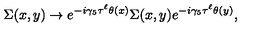
\Sigma ( x , y ) \rightarrow e ^ { - i \gamma _ { 5 } \tau ^ { \ell } \theta ( x ) } \Sigma ( x , y ) e ^ { - i \gamma _ { 5 } \tau ^ { \ell } \theta ( y ) } ,